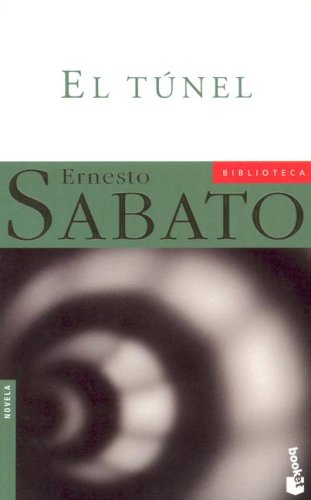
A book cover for El Tunel / The Tunnel (Spanish Edition); Ernesto Sabato; Literature & Fiction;